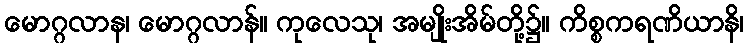
မောဂ္ဂလာန၊ မောဂ္ဂလာန်။ ကုလေသု၊ အမျိုးအိမ်တို့၌။ ကိစ္စကရဏိယာနိ၊